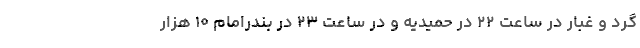
گرد و غبار در ساعت ۲۲ در حمیدیه و در ساعت ۲۳ در بندرامام ۱۰ هزار